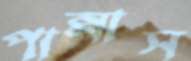
পান্নাস